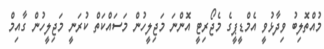
މުއްތޮލިބު ވިދާޅުވީ އެމްޑީޕީގެ މެޖޯރިޓީ އޮންނަ މަޖިލީހުން މަސައްކަތް ކުރަނީ މަޖިލީހުން ގާއިމް